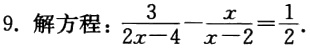
解方程：$\frac{3}{2x - 4}-\frac{x}{x - 2}=\frac{1}{2}$.